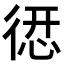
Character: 𢕆